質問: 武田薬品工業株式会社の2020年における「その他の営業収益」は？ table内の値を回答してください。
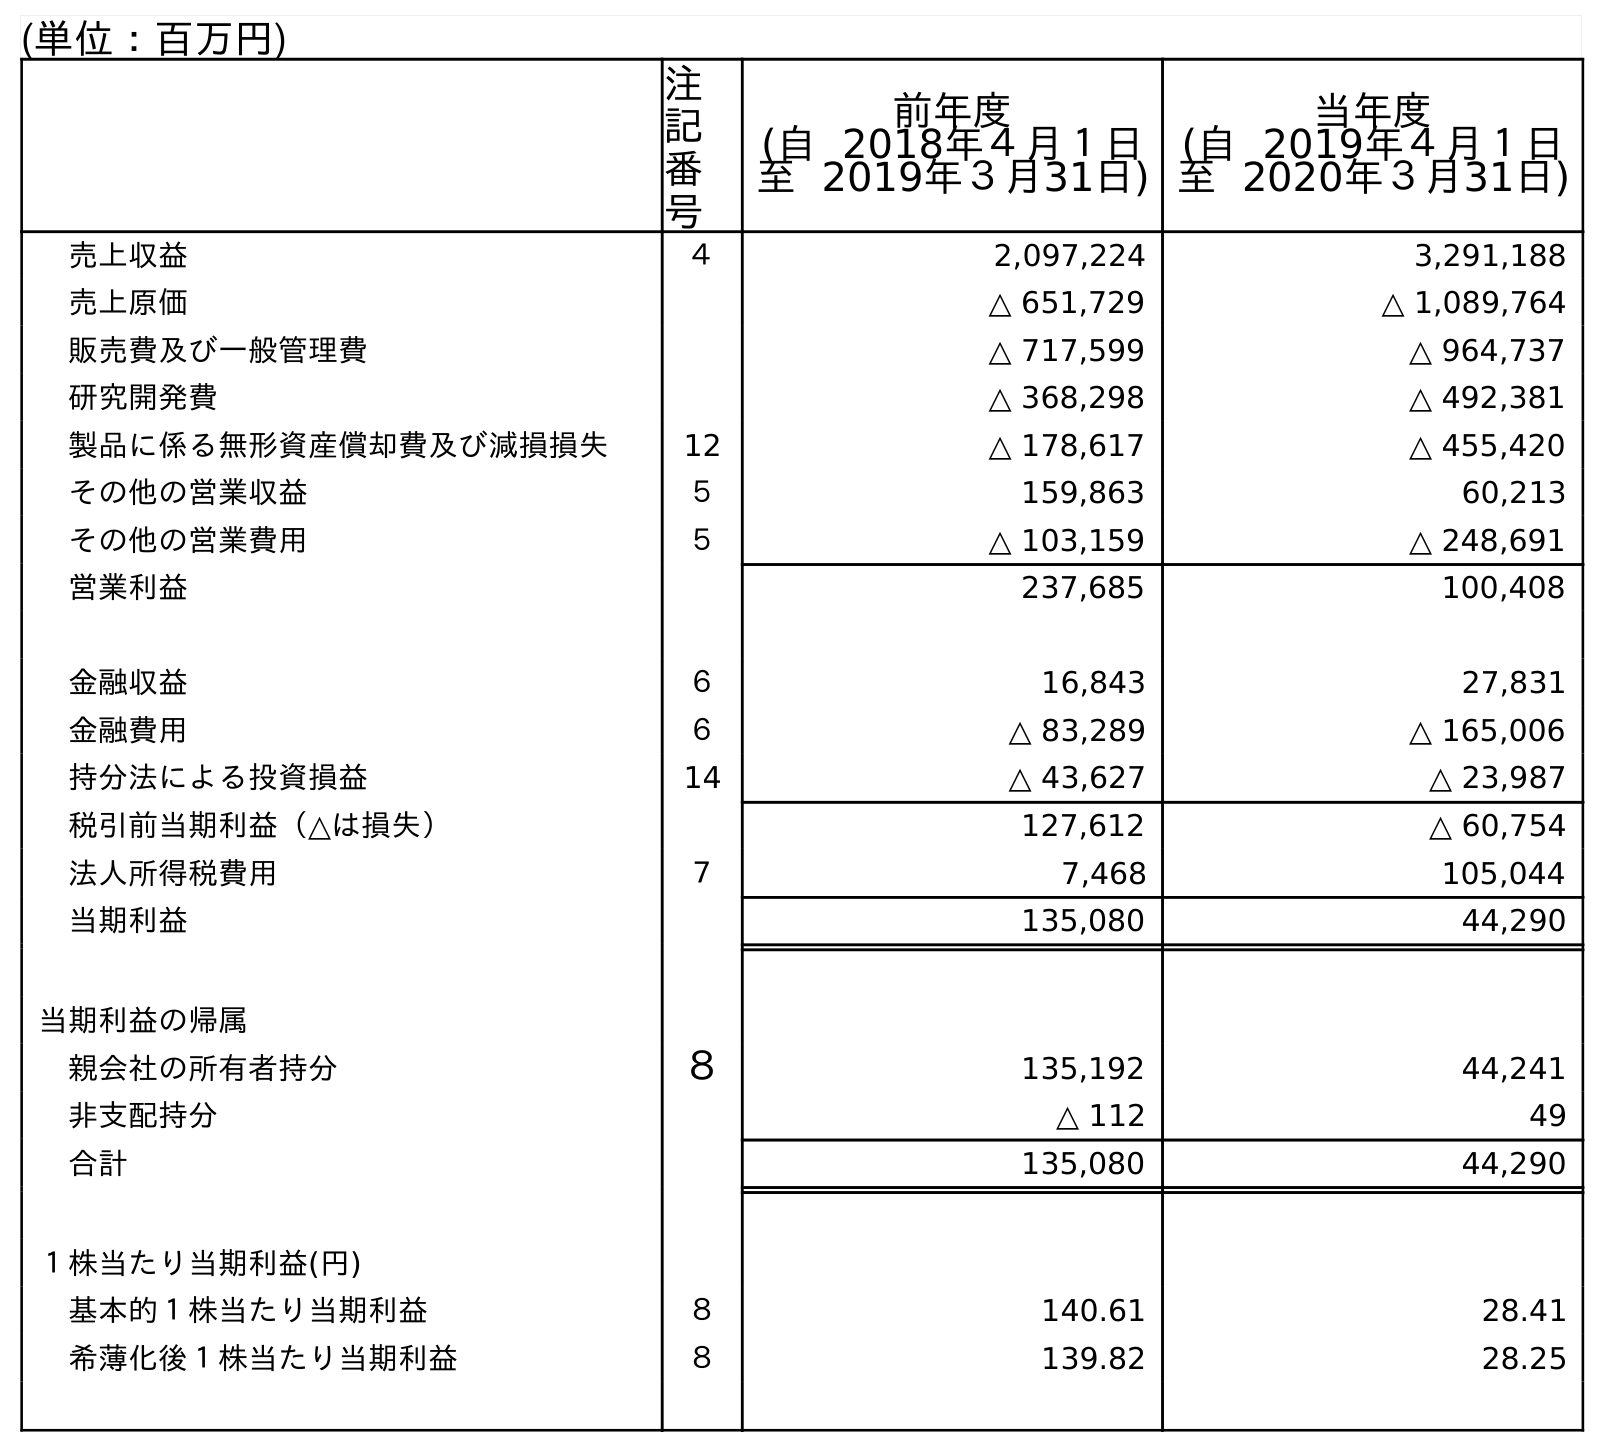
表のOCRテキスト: (単位：百万円) 注 記 番 号 前年度 (自 2018年４月１日 至 2019年３月31日) 当年度 (自 2019年４月１日 至 2020年３月31日) 売上収益 ４ 2,097,224 3,291,188 売上原価 △ 651,729 △ 1,089,764 販売費及び一般管理費 △ 717,599 △ 964,737 研究開発費 △ 368,298 △ 492,381 製品に係る無形資産償却費及び減損損失 12 △ 178,617 △ 455,420 その他の営業収益 ５ 159,863 60,213 その他の営業費用 ５ △ 103,159 △ 248,691 営業利益 237,685 100,408 金融収益 ６ 16,843 27,831 金融費用 ６ △ 83,289 △ 165,006 持分法による投資損益 14 △ 43,627 △ 23,987 税引前当期利益（△は損失） 127,612 △ 60,754 法人所得税費用 ７ 7,468 105,044 当期利益 135,080 44,290 当期利益の帰属 親会社の所有者持分 ８ 135,192 44,241 非支配持分 △ 112 49 合計 135,080 44,290 １株当たり当期利益(円) 基本的１株当たり当期利益 ８ 140.61 28.41 希薄化後１株当たり当期利益 ８ 139.82 28.25
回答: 60,213